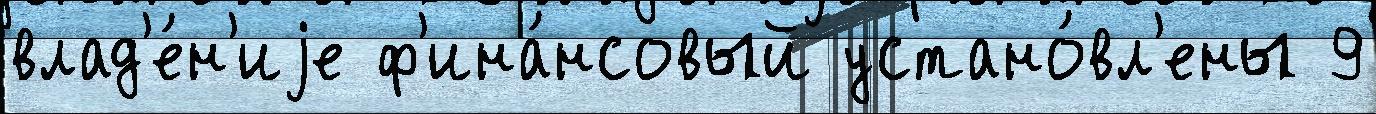
влад'е́н'иjе ф'ина́нсовый устано́вл'ены 9